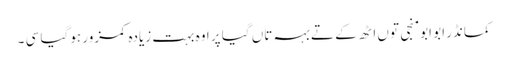
کمانڈر ابو ابو منجی توں اٹھ کے تے بہہ تاں گیا پر اوہ بہت زیادہ کمزور ہو گیا سی ۔